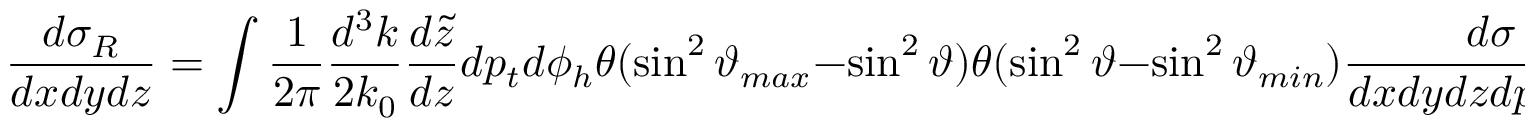
{ \frac { d \sigma _ { R } } { d x d y d z } } = \int { \frac { 1 } { 2 \pi } } { \frac { d ^ { 3 } k } { 2 k _ { 0 } } } { \frac { d { \tilde { z } } } { d z } } d p _ { t } d \phi _ { h } \theta ( { \sin ^ { 2 } \vartheta _ { m a x } } - { \sin ^ { 2 } \vartheta } ) \theta ( { \sin ^ { 2 } \vartheta } - { \sin ^ { 2 } \vartheta _ { m i n } } ) { \frac { d \sigma } { d x d y d z d p _ { t } d \phi _ { H } } } ,